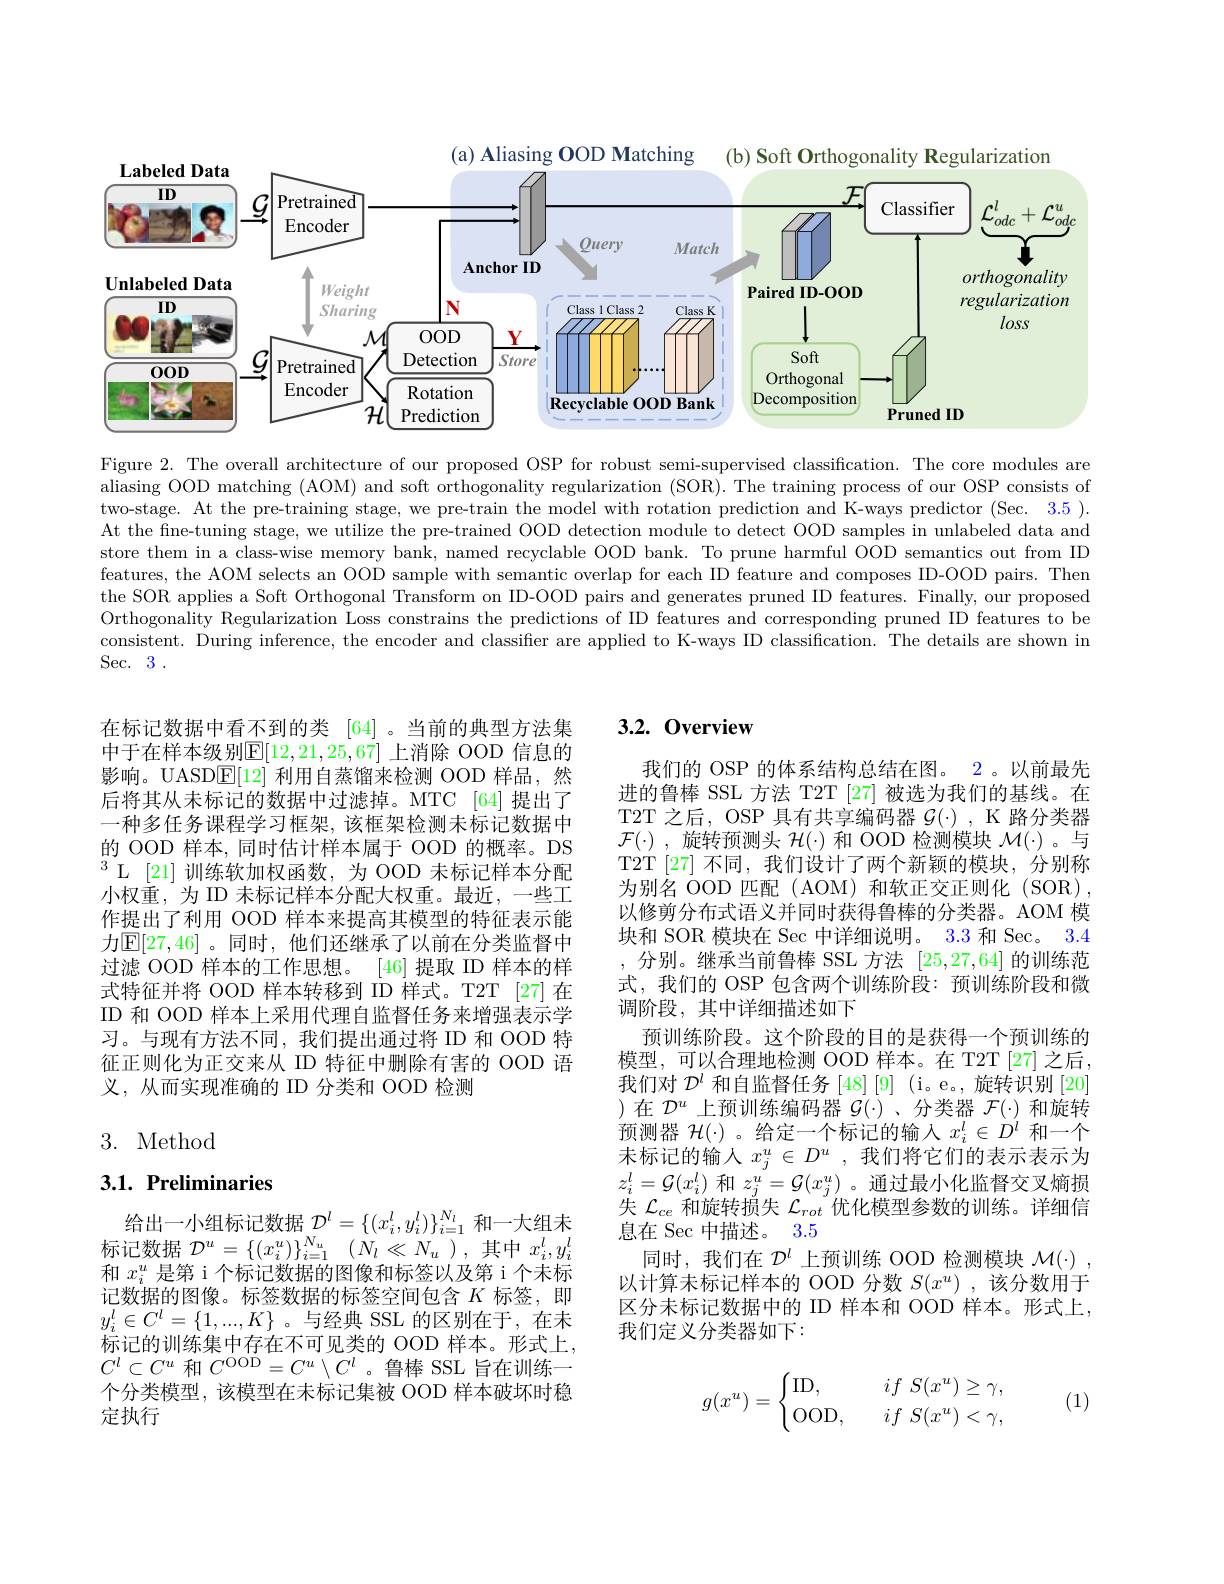
<FigureHere>

Figure 2. The overall architecture of our proposed OSP for robust semi-supervised classification. The core modules are aliasing OOD matching (AOM) and soft orthogonality regularization (SOR). The training process of our OSP consists of two-stage. At the pre-training stage, we pre-train the model with rotation prediction and K-ways predictor (Sec. 3.5). At the fne-tuning stage, we utilize the pre-trained OOD detection module to detect OOD samples in unlabeled data and store them in a class-wise memory bank, named recyclable OOD bank. To prune harmful OOD semantics out from ID features, the AOM selects an OOD sample with semantic overlap for each ID feature and composes ID-OOD pairs. Then the SOR applies a Soft Orthogonal Transform on ID-OOD pairs and generates pruned ID features. Finally, our proposed Orthogonality Regularization Loss constrains the predictions of ID features and corresponding pruned ID features to be consistent. During inference, the encoder and classifier are applied to K-ways ID classification. The details are shown in Sec. 3 .

在标记数据中看不到的类 [64] 。当前的典型方法集中于在样本级别$\mathbb{E}[12,21,25,67]$ 上消除 OOD 信息的影响。UASDE[12]利用自蒸馏来检测 OOD 样品，然后将其从未标记的数据中过滤掉。MTC [64] 提出了一种多任务课程学习框架，该框架检测未标记数据中的 OOD 样本，同时估计样本属于 OOD 的概率。DS $^{3}$L[21]训练软加权函数，为 OOD 未标记样本分配小权重，为 ID 未标记样本分配大权重。最近，一些工作提出了利用 OOD 样本来提高其模型的特征表示能力$\mathbb{E}[27,46]$ 。同时，他们还继承了以前在分类监督中过滤 OOD 样本的工作思想。[46] 提取 ID 样本的样式特征并将 OOD 样本转移到 ID 样式。T2T [27] 在ID 和 OOD 样本上采用代理自监督任务来增强表示学习。与现有方法不同，我们提出通过将 ID 和 OOD 特征正则化为正交来从 ID 特征中删除有害的 OOD 语义，从而实现准确的 ID 分类和 OOD 检测

# 3. Method

## $3. 1. \textbf{ Preliminaries}$

给出一小组标记数据$\mathcal{D}^l=\{(x_i^l,y_i^l)\}_{i=1}^{N_l}$和一大组未标记数据$\mathcal{D} ^u= \{ ( x_i^u) \} _{i= 1}^{N_u}$ $( N_l\ll N_u) $,其中$x_i^l,y_i^l$ 和$x_{i}^u$是第 i 个标记数据的图像和标签以及第 i 个未标记数据的图像。标签数据的标签空间包含$K$标签，即$y_i^l\in C^l=\{1,...,K\}$。与经典 SSL 的区别在于，在未标记的训练集中存在不可见类的 OOD 样本。形式上， $C^l\subset C^u$和$C^\mathrm{OOD}=C^u\setminus C^l$ 。鲁棒 SSL 旨在训练一个分类模型，该模型在未标记集被 OOD 样本破坏时稳定执行

## 3.2.0verview

我们的 OSP 的体系结构总结在图。2。以前最先进的鲁棒 SSL 方法 T2T [27] 被选为我们的基线。在T2T 之后，OSP 具有共享编码器$\mathcal{G}(\cdot)$, K 路分类器$\mathcal{F} ( \cdot )$ , 旋转预测头$\mathcal{H}(\cdot)$和 OOD 检测模块$\mathcal{M}(\cdot)$。与T2T[27] 不同，我们设计了两个新颖的模块，分别称为别名 OOD 匹配 (AOM) 和软正交正则化 (SOR), 以修剪分布式语义并同时获得鲁棒的分类器。AOM 模块和 SOR 模块在 Sec 中详细说明。3.3 和 Sec。3.4 ,分别。继承当前鲁棒 SSL 方法[25,27,64]的训练范式，我们的 OSP 包含两个训练阶段：预训练阶段和微调阶段，其中详细描述如下
预训练阶段。这个阶段的目的是获得一个预训练的模型，可以合理地检测 OOD 样本。在 T2T[27] 之后， 我们对$\mathcal{D}^l$和自监督任务[48][9] (i。e。,旋转识别 [20] )在$\mathcal{D}^u$上预训练编码器$\mathcal{G}(\cdot)$ 、分类器$\mathcal{F}(\cdot)$和旋转预测器$\mathcal{H}(\cdot)$ 。给定一个标记的输入$x_i^l\in D^l$和一个未标记的输入$x_j^u\in D^u$,我们将它们的表示表示为$z_i^l=\mathcal{G}(x_i^l)$和$z_j^u=\mathcal{G}(x_j^u)$ 。通过最小化监督交叉熵损失$\mathcal{L}_ce$和旋转损失$\mathcal{L}_rot$优化模型参数的训练。详细信息在 Sec 中描述。3.5
同时，我们在$\mathcal{D}^l$上预训练 OOD 检测模块$\mathcal{M}(\cdot)$, 以计算未标记样本的 OOD 分数$S(x^u)$ ,该分数用于区分未标记数据中的 ID 样本和 OOD 样本。形式上， 我们定义分类器如下：

(1)
$$g(x^u)=\begin{cases}\mathrm{ID},\quad&if\:S(x^u)\geq\gamma,\\\mathrm{OOD},\quad&if\:S(x^u)<\gamma,\end{cases}$$